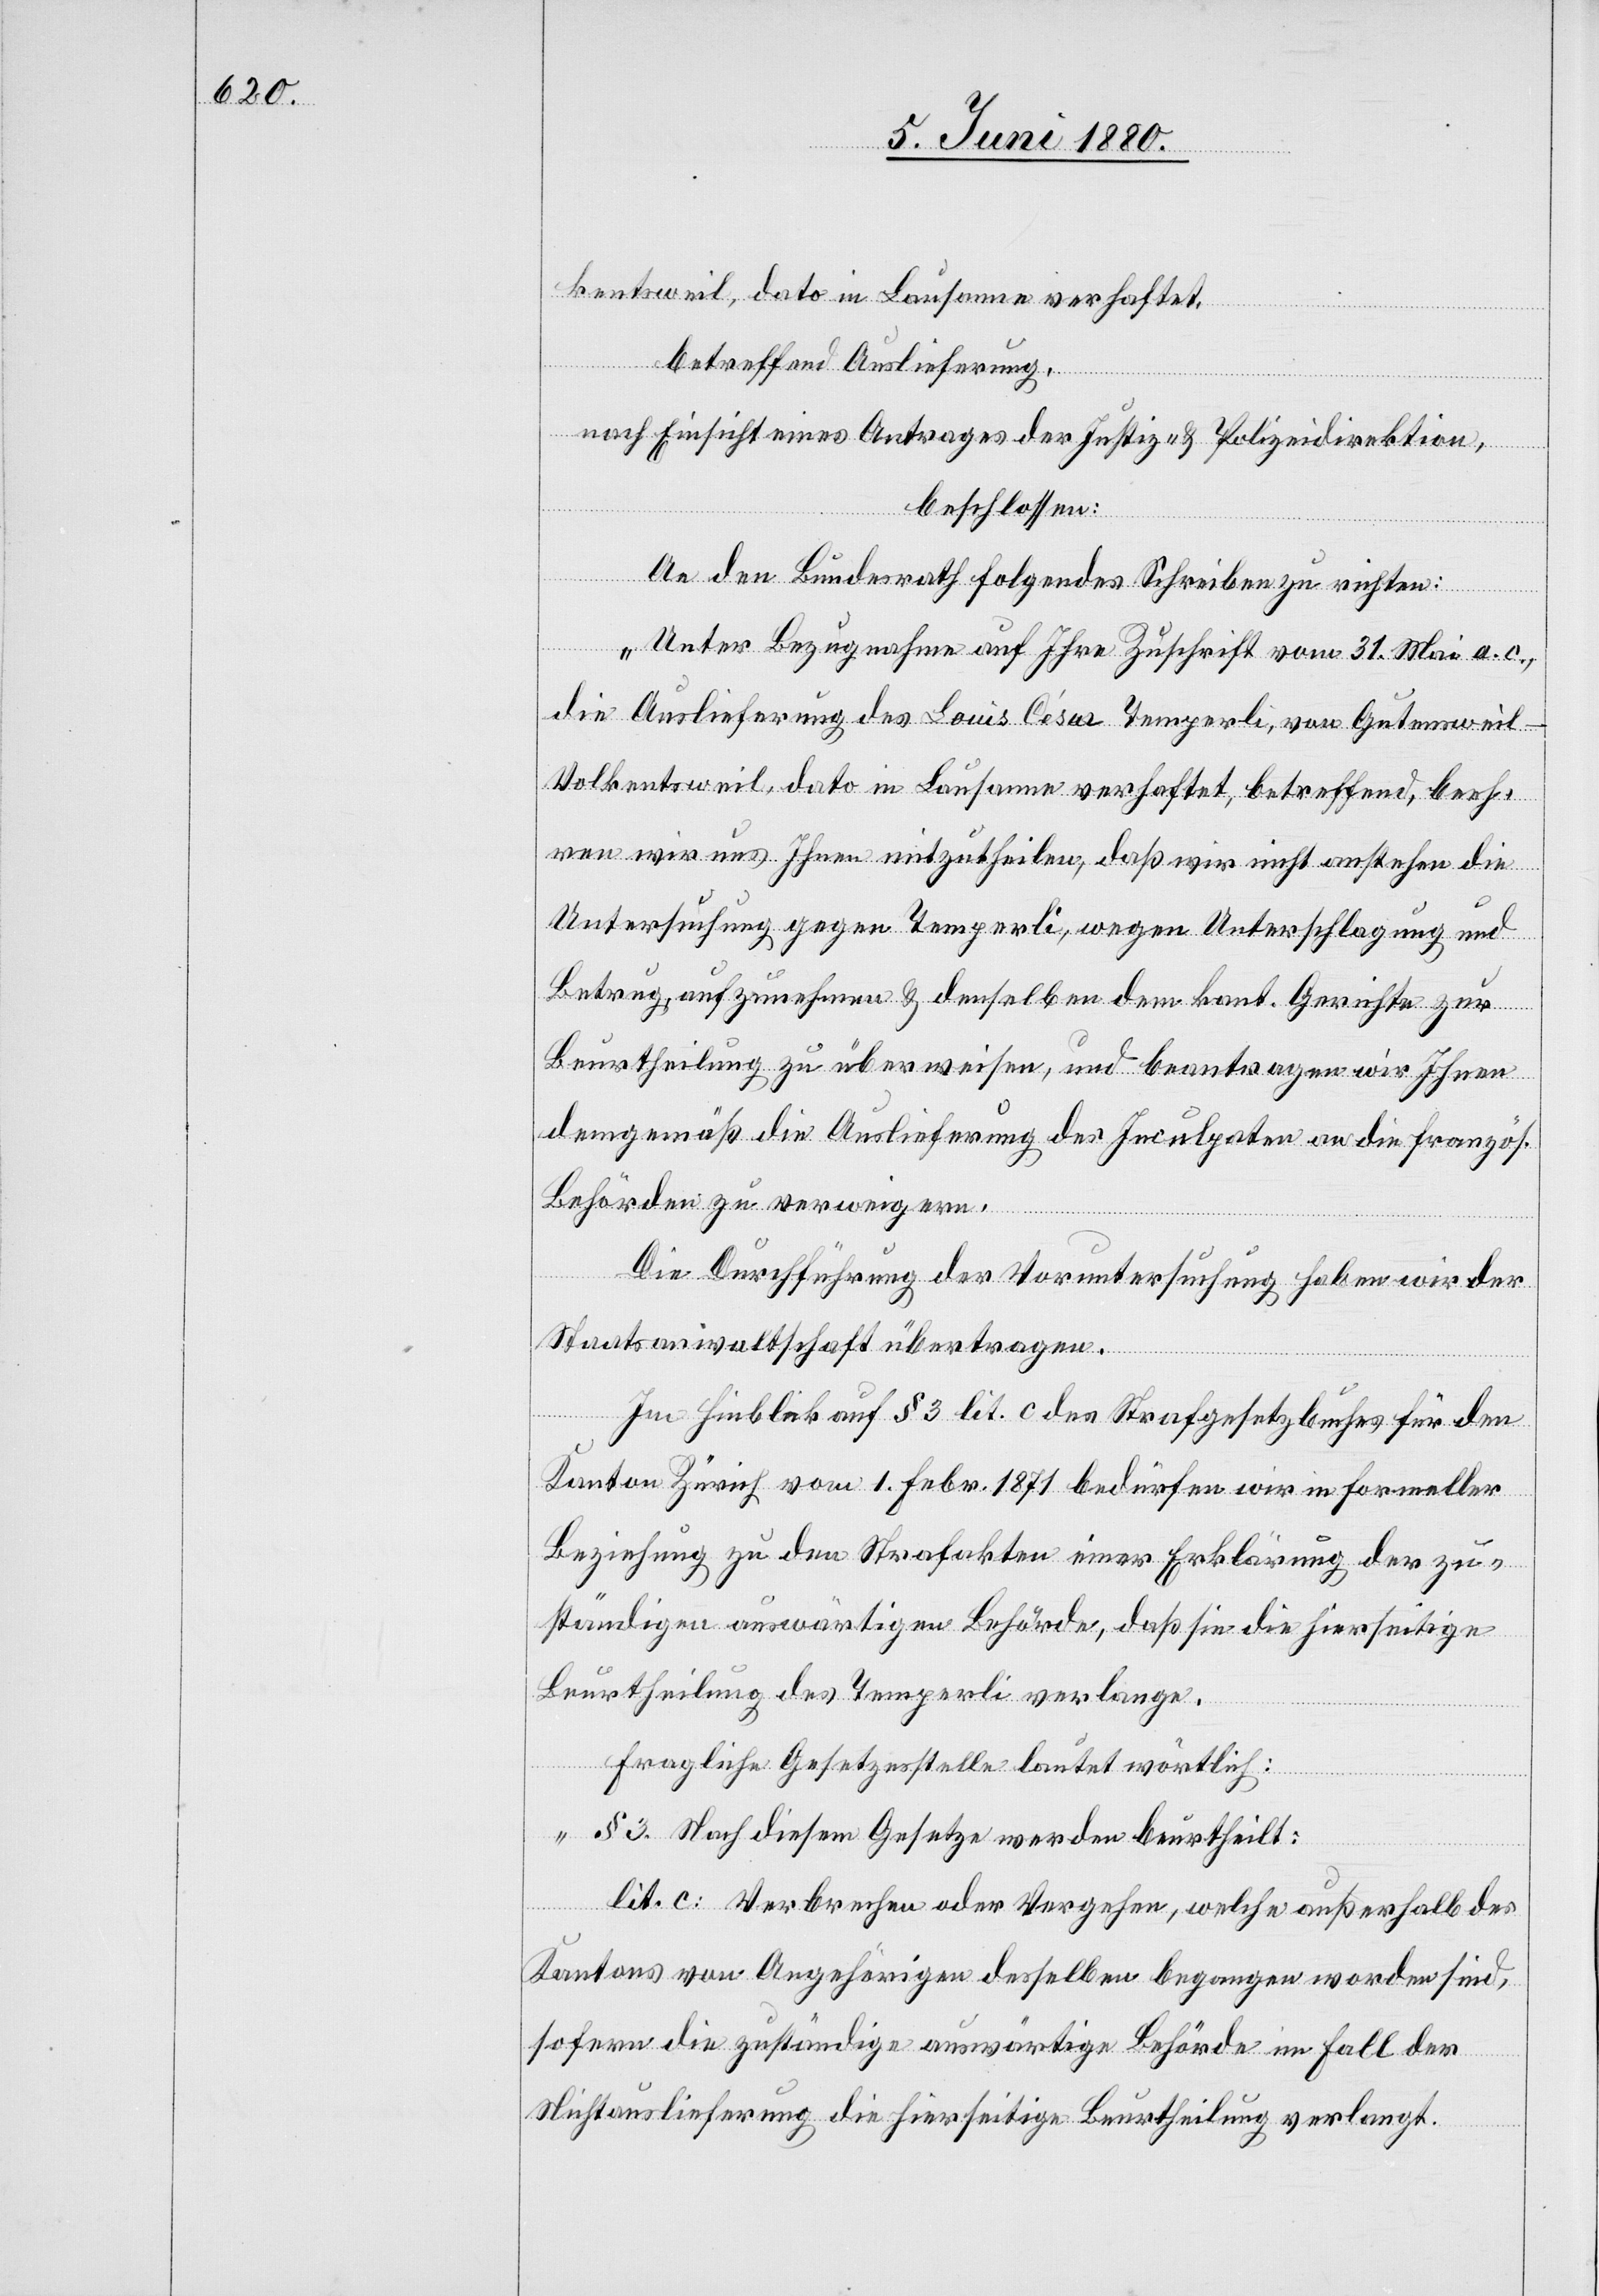
ketsweil, dato in Lausanne verhaftet,
betreffend Auslieferung,
nach Einsicht eines Antrages der Justiz- & Polizeidirektion,
beschlossen:
An den Bundesrath folgendes Schreiben zu richten:
„Unter Bezugnahme auf Ihre Zuschrift vom 31. Mai a. c.,
die Auslieferung des Louis César Temperli, von Gutensweil
Volkentsweil, dato in Lausanne verhaftet, betreffend, beeh¬
ren wir uns Ihnen mitzutheilen, daß wir nicht anstehen die
Untersuchung gegen Temperli, wegen Unterschlagung und
Betrug, aufzunehmen & denselben dem kant. Gerichte zur
Beurtheilung zu überweisen, und beantragen wir Ihnen
demgemäß die Auslieferung des Inculpaten an die französ.
Behörden zu verweigern.
Die Durchführung der Voruntersuchung haben wir der
Staatsanwaltschaft übertragen.
Im Hinblick auf § 3 lit. c des Strafgesetzbuches für den
Kanton Zürich vom 1. Febr. 1871 bedürfen wir in formeller
Beziehung zu den Strafakten einer Erklärung der zu¬
ständigen auswärtigen Behörde, daß sie die hierseitige
Beurtheilung des Temperli verlange.
Fragliche Gesetzesstelle lautet wörtlich:
„§ 3. Nach diesem Gesetze werden beurtheilt:
lit. c: Verbrechen oder Vergehen, welche außerhalb des
Kantons von Angehörigen desselben begangen worden sind,
sofern die zuständige auswärtige Behörde im Fall der
Nichtauslieferung die hierseitige Beurtheilung verlangt.